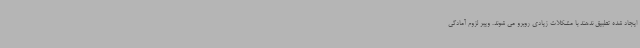
ایجاد شده تطبیق ندهند با مشکلات زیادی روبرو می شوند. ویبر لزوم آمادگی